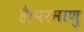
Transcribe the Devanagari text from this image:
है।परमाणु